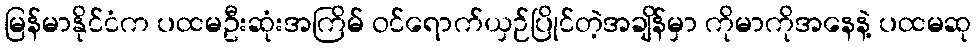
မြန်မာနိုင်ငံက ပထမဦးဆုံးအကြိမ် ဝင်ရောက်ယှဉ်ပြိုင်တဲ့အချိန်မှာ ကိုမာကိုအနေနဲ့ ပထမဆု